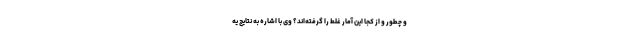
و چطور و از کجا این آمار غلط را گرفته‌اند؟ وی با اشاره به نتایج یه